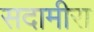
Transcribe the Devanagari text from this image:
सदामीरा